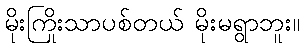
မိုးကြိုးသာပစ်တယ် မိုးမရွာဘူး။